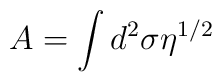
A=\int d^2\sigma \eta^{1/2}